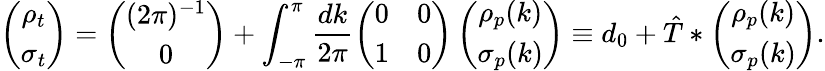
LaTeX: \left(\begin{array}{c}{\rho_{t}}\\ {\sigma_{t}}\end{array}\right)=\left(\begin{array}{c}{(2\pi)^{-1}}\\ {0}\end{array}\right)+\int_{-\pi}^{\pi}\frac{dk}{2\pi}\left(\begin{array}{cc}{0}&{0}\\ {1}&{0}\end{array}\right)\left(\begin{array}{c}{\rho_{p}(k)}\\ {\sigma_{p}(k)}\end{array}\right)\equiv d_{0}+\hat{T}*\left(\begin{array}{c}{\rho_{p}(k)}\\ {\sigma_{p}(k)}\end{array}\right).